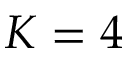
K = 4